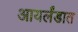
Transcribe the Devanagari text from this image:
आयर्लंडात